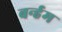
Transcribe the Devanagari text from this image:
बर्न्हम